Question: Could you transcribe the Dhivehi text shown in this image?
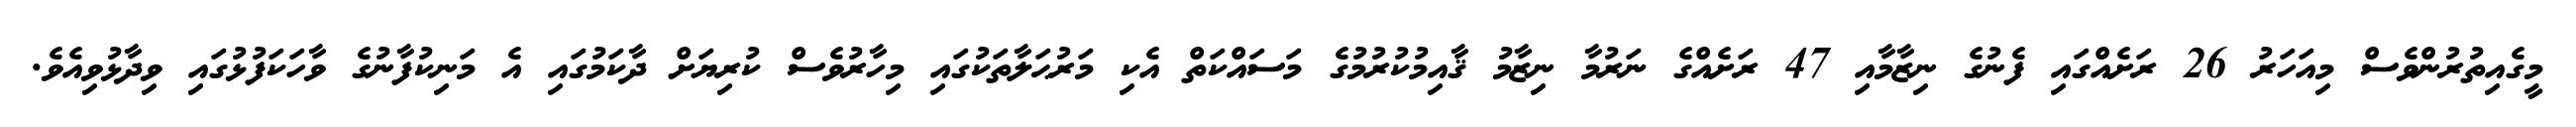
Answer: މީގެއިތުރުންވެސް މިއަހަރު 26 ރަށެއްގައި ފެނުގެ ނިޒާމާއި 47 ރަށެއްގެ ނަރުމާ ނިޒާމު ޤާއިމުކުރުމުގެ މަސައްކަތް އެކި މަރުޙަލާތަކުގައި މިހާރުވެސް ކުރިޔަށް ދާކަމުގައި އެ މަނިކުފާނުގެ ވާހަކަފުޅުގައި ވިދާޅުވިއެވެ.